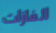
الغازات